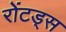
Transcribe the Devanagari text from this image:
रोंटड्स